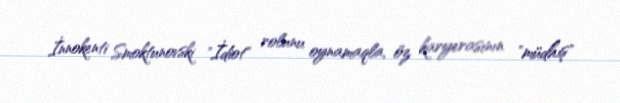
İnnokenti Smoktunovski "İdiot" rolunu oynamaqla, öz karyerasının "müdhiş"